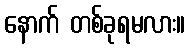
နောက် တစ်ခုရမလား။